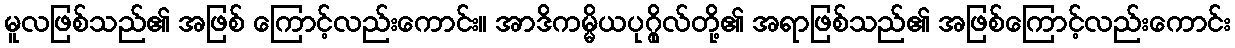
မူလဖြစ်သည်၏ အဖြစ် ကြောင့်လည်းကောင်း။ အာဒိကမ္မိယပုဂ္ဂိုလ်တို့၏ အရာဖြစ်သည်၏ အဖြစ်ကြောင့်လည်းကောင်း